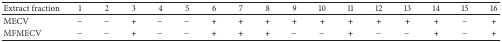
<table><thead><tr><td><b>Extract fraction</b></td><td><b>1</b></td><td><b>2</b></td><td><b>3</b></td><td><b>4</b></td><td><b>5</b></td><td><b>6</b></td><td><b>7</b></td><td><b>8</b></td><td><b>9</b></td><td><b>10</b></td><td><b>11</b></td><td><b>12</b></td><td><b>13</b></td><td><b>14</b></td><td><b>15</b></td><td><b>16</b></td></tr></thead><tbody><tr><td>MECV</td><td><b>−</b></td><td><b>−</b></td><td><b>+</b></td><td><b>−</b></td><td><b>−</b></td><td><b>+</b></td><td><b>+</b></td><td><b>+</b></td><td><b>+</b></td><td><b>+</b></td><td><b>+</b></td><td><b>+</b></td><td><b>+</b></td><td><b>+</b></td><td><b>−</b></td><td><b>+</b></td></tr><tr><td>MFMECV</td><td><b>−</b></td><td><b>−</b></td><td><b>+</b></td><td><b>−</b></td><td><b>−</b></td><td><b>+</b></td><td><b>+</b></td><td><b>+</b></td><td><b>−</b></td><td><b>−</b></td><td><b>+</b></td><td><b>−</b></td><td><b>−</b></td><td><b>+</b></td><td><b>−</b></td><td><b>+</b></td></tr></tbody></table>